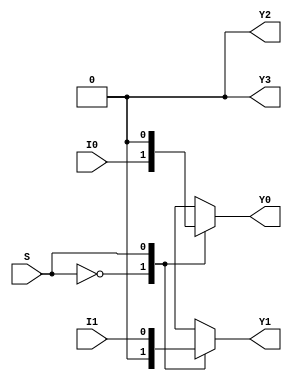
module demux(input wire I0, I1, S,
             output reg Y0, Y1, Y2, Y3);

always @(*)
begin
    case(S)
        2'b00: begin
            Y0 = I0;
            Y1 = 0;
            Y2 = 0;
            Y3 = 0;
        end
        2'b01: begin
            Y0 = 0;
            Y1 = I1;
            Y2 = 0;
            Y3 = 0;
        end
        2'b10: begin
            Y0 = 0;
            Y1 = 0;
            Y2 = I0;
            Y3 = 0;
        end
        2'b11: begin
            Y0 = 0;
            Y1 = 0;
            Y2 = 0;
            Y3 = I1;
        end
    endcase
end

endmodule